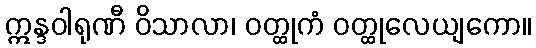
ဣန္ဒဝါရုဏီ ဝိသာလာ၊ ဝတ္ထုကံ ဝတ္ထုလေယျကော။